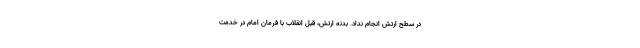
در سطح ارتش انجام نداد. بدنه ارتش، قبل انقلاب با فرمان امام در خدمت